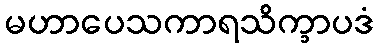
မဟာပေသကာရသိက္ခာပဒံ